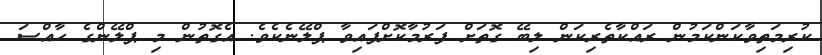
ކުރިމަތިވާކަންކަމުން ރައްކާތެރިކަން ލިބޭ ގޮތަށް ފަރުމާކޮށްފައިވާ ޕްލޭނެކެވެ. އެގޮތުން މި ޕްލޭންގެ ހާއްސަ